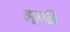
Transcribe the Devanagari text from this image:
इड्डुकि